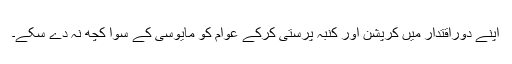
اپنے دوراقتدار میں کرپشن اور کنبہ پرستی کرکے عوام کو مایوسی کے سوا کچھ نہ دے سکے۔